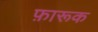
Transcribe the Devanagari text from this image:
फ़ारूक